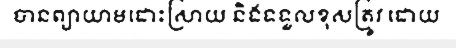
បានព្យាយាមដោះស្រាយ និងទទួលខុសត្រូវ ដោយ